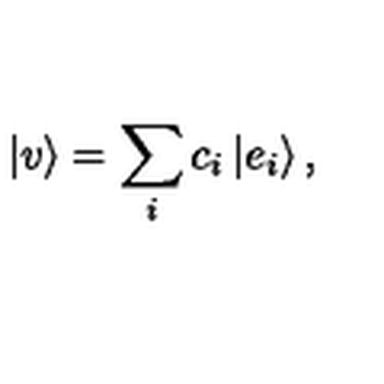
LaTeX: | v \rangle = \sum _ { i } c _ { i } \left| e _ { i } \right\rangle ,